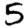
Digit: 5